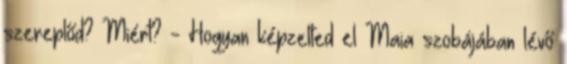
szereplőd? Miért? - Hogyan képzelted el Maia szobájában lévő